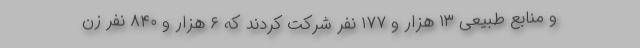
و منابع طبیعی ۱۳ هزار و ۱۷۷ نفر شرکت کردند که ۶ هزار و ۸۴۰ نفر زن